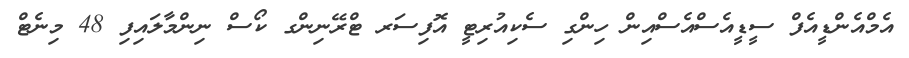
އެމްއެންޑީއެފް ސީޑީއެސްއެސްއިން ހިންގި ސެކިއުރިޓީ އޮފިސަރ ޓްރޭނިންގ ކޯސް ނިންމާލައިފި 48 މިނެޓް